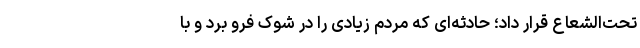
تحت‌الشعاع قرار داد؛ حادثه‌ای که مردم زیادی را در شوک فرو برد و با